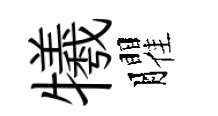
犧臞